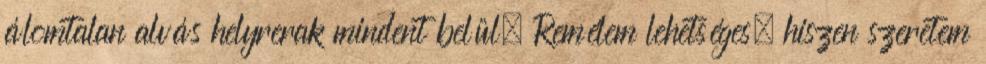
álomtalan alvás helyrerak mindent belül. Remélem lehetséges, hiszen szeretem